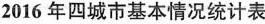
2016年四城市基本情况统计表